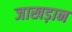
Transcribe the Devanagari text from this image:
जाखड़ान